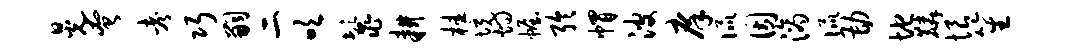
晃奄考巧嗣二吹鬣耕桂境灼幄聆帽波庠侃因滴侃勘地麟恨笙